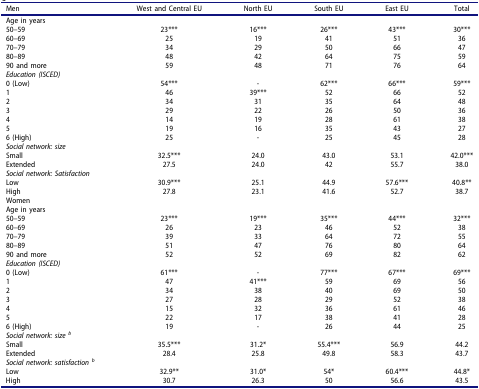
<table><thead><tr><td><b>Men</b></td><td><b>West and Central EU</b></td><td><b>North EU</b></td><td><b>South EU</b></td><td><b>East EU</b></td><td><b>Total</b></td></tr></thead><tbody><tr><td>Age in years</td><td> </td><td> </td><td> </td><td> </td><td> </td></tr><tr><td>50–59</td><td>23***</td><td>16***</td><td>26***</td><td>43***</td><td>30***</td></tr><tr><td>60–69</td><td>25</td><td>19</td><td>41</td><td>51</td><td>36</td></tr><tr><td>70–79</td><td>34</td><td>29</td><td>50</td><td>66</td><td>47</td></tr><tr><td>80–89</td><td>48</td><td>42</td><td>64</td><td>75</td><td>59</td></tr><tr><td>90 and more</td><td>59</td><td>48</td><td>71</td><td>76</td><td>64</td></tr><tr><td><i>Education (ISCED)</i></td><td> </td><td> </td><td> </td><td> </td><td> </td></tr><tr><td>0 (Low)</td><td>54***</td><td>-</td><td>62***</td><td>66***</td><td>59***</td></tr><tr><td>1</td><td>46</td><td>39***</td><td>52</td><td>66</td><td>52</td></tr><tr><td>2</td><td>34</td><td>31</td><td>35</td><td>64</td><td>48</td></tr><tr><td>3</td><td>29</td><td>22</td><td>26</td><td>50</td><td>36</td></tr><tr><td>4</td><td>14</td><td>19</td><td>28</td><td>61</td><td>38</td></tr><tr><td>5</td><td>19</td><td>16</td><td>35</td><td>43</td><td>27</td></tr><tr><td>6 (High)</td><td>25</td><td>-</td><td>25</td><td>45</td><td>28</td></tr><tr><td><i>Social network: size</i></td><td> </td><td> </td><td> </td><td> </td><td> </td></tr><tr><td>Small</td><td>32.5***</td><td>24.0</td><td>43.0</td><td>53.1</td><td>42.0***</td></tr><tr><td>Extended</td><td>27.5</td><td>24.0</td><td>42</td><td>55.7</td><td>38.0</td></tr><tr><td><i>Social network: Satisfaction</i></td><td> </td><td> </td><td> </td><td> </td><td> </td></tr><tr><td>Low</td><td>30.9***</td><td>25.1</td><td>44.9</td><td>57.6***</td><td>40.8**</td></tr><tr><td>High</td><td>27.8</td><td>23.1</td><td>41.6</td><td>52.7</td><td>38.7</td></tr><tr><td>Women</td><td> </td><td> </td><td> </td><td> </td><td> </td></tr><tr><td>Age in years</td><td> </td><td> </td><td> </td><td> </td><td> </td></tr><tr><td>50–59</td><td>23***</td><td>19***</td><td>35***</td><td>44***</td><td>32***</td></tr><tr><td>60–69</td><td>26</td><td>23</td><td>46</td><td>52</td><td>38</td></tr><tr><td>70–79</td><td>39</td><td>33</td><td>64</td><td>72</td><td>55</td></tr><tr><td>80–89</td><td>51</td><td>47</td><td>76</td><td>80</td><td>64</td></tr><tr><td>90 and more</td><td>52</td><td>52</td><td>69</td><td>82</td><td>62</td></tr><tr><td><i>Education (ISCED)</i></td><td> </td><td> </td><td> </td><td> </td><td> </td></tr><tr><td>0 (Low)</td><td>61***</td><td>-</td><td>77***</td><td>67***</td><td>69***</td></tr><tr><td>1</td><td>47</td><td>41***</td><td>59</td><td>69</td><td>56</td></tr><tr><td>2</td><td>34</td><td>38</td><td>40</td><td>69</td><td>50</td></tr><tr><td>3</td><td>27</td><td>28</td><td>29</td><td>52</td><td>38</td></tr><tr><td>4</td><td>15</td><td>32</td><td>36</td><td>61</td><td>46</td></tr><tr><td>5</td><td>22</td><td>17</td><td>38</td><td>41</td><td>28</td></tr><tr><td>6 (High)</td><td>19</td><td>-</td><td>26</td><td>44</td><td>25</td></tr><tr><td><i>Social network: size <sup>b</sup></i></td><td> </td><td> </td><td> </td><td> </td><td> </td></tr><tr><td>Small</td><td>35.5***</td><td>31.2*</td><td>55.4***</td><td>56.9</td><td>44.2</td></tr><tr><td>Extended</td><td>28.4</td><td>25.8</td><td>49.8</td><td>58.3</td><td>43.7</td></tr><tr><td><i>Social network: satisfaction <sup>b</sup></i></td><td> </td><td> </td><td> </td><td> </td><td> </td></tr><tr><td>Low</td><td>32.9**</td><td>31.0*</td><td>54*</td><td>60.4***</td><td>44.8*</td></tr><tr><td>High</td><td>30.7</td><td>26.3</td><td>50</td><td>56.6</td><td>43.5</td></tr></tbody></table>